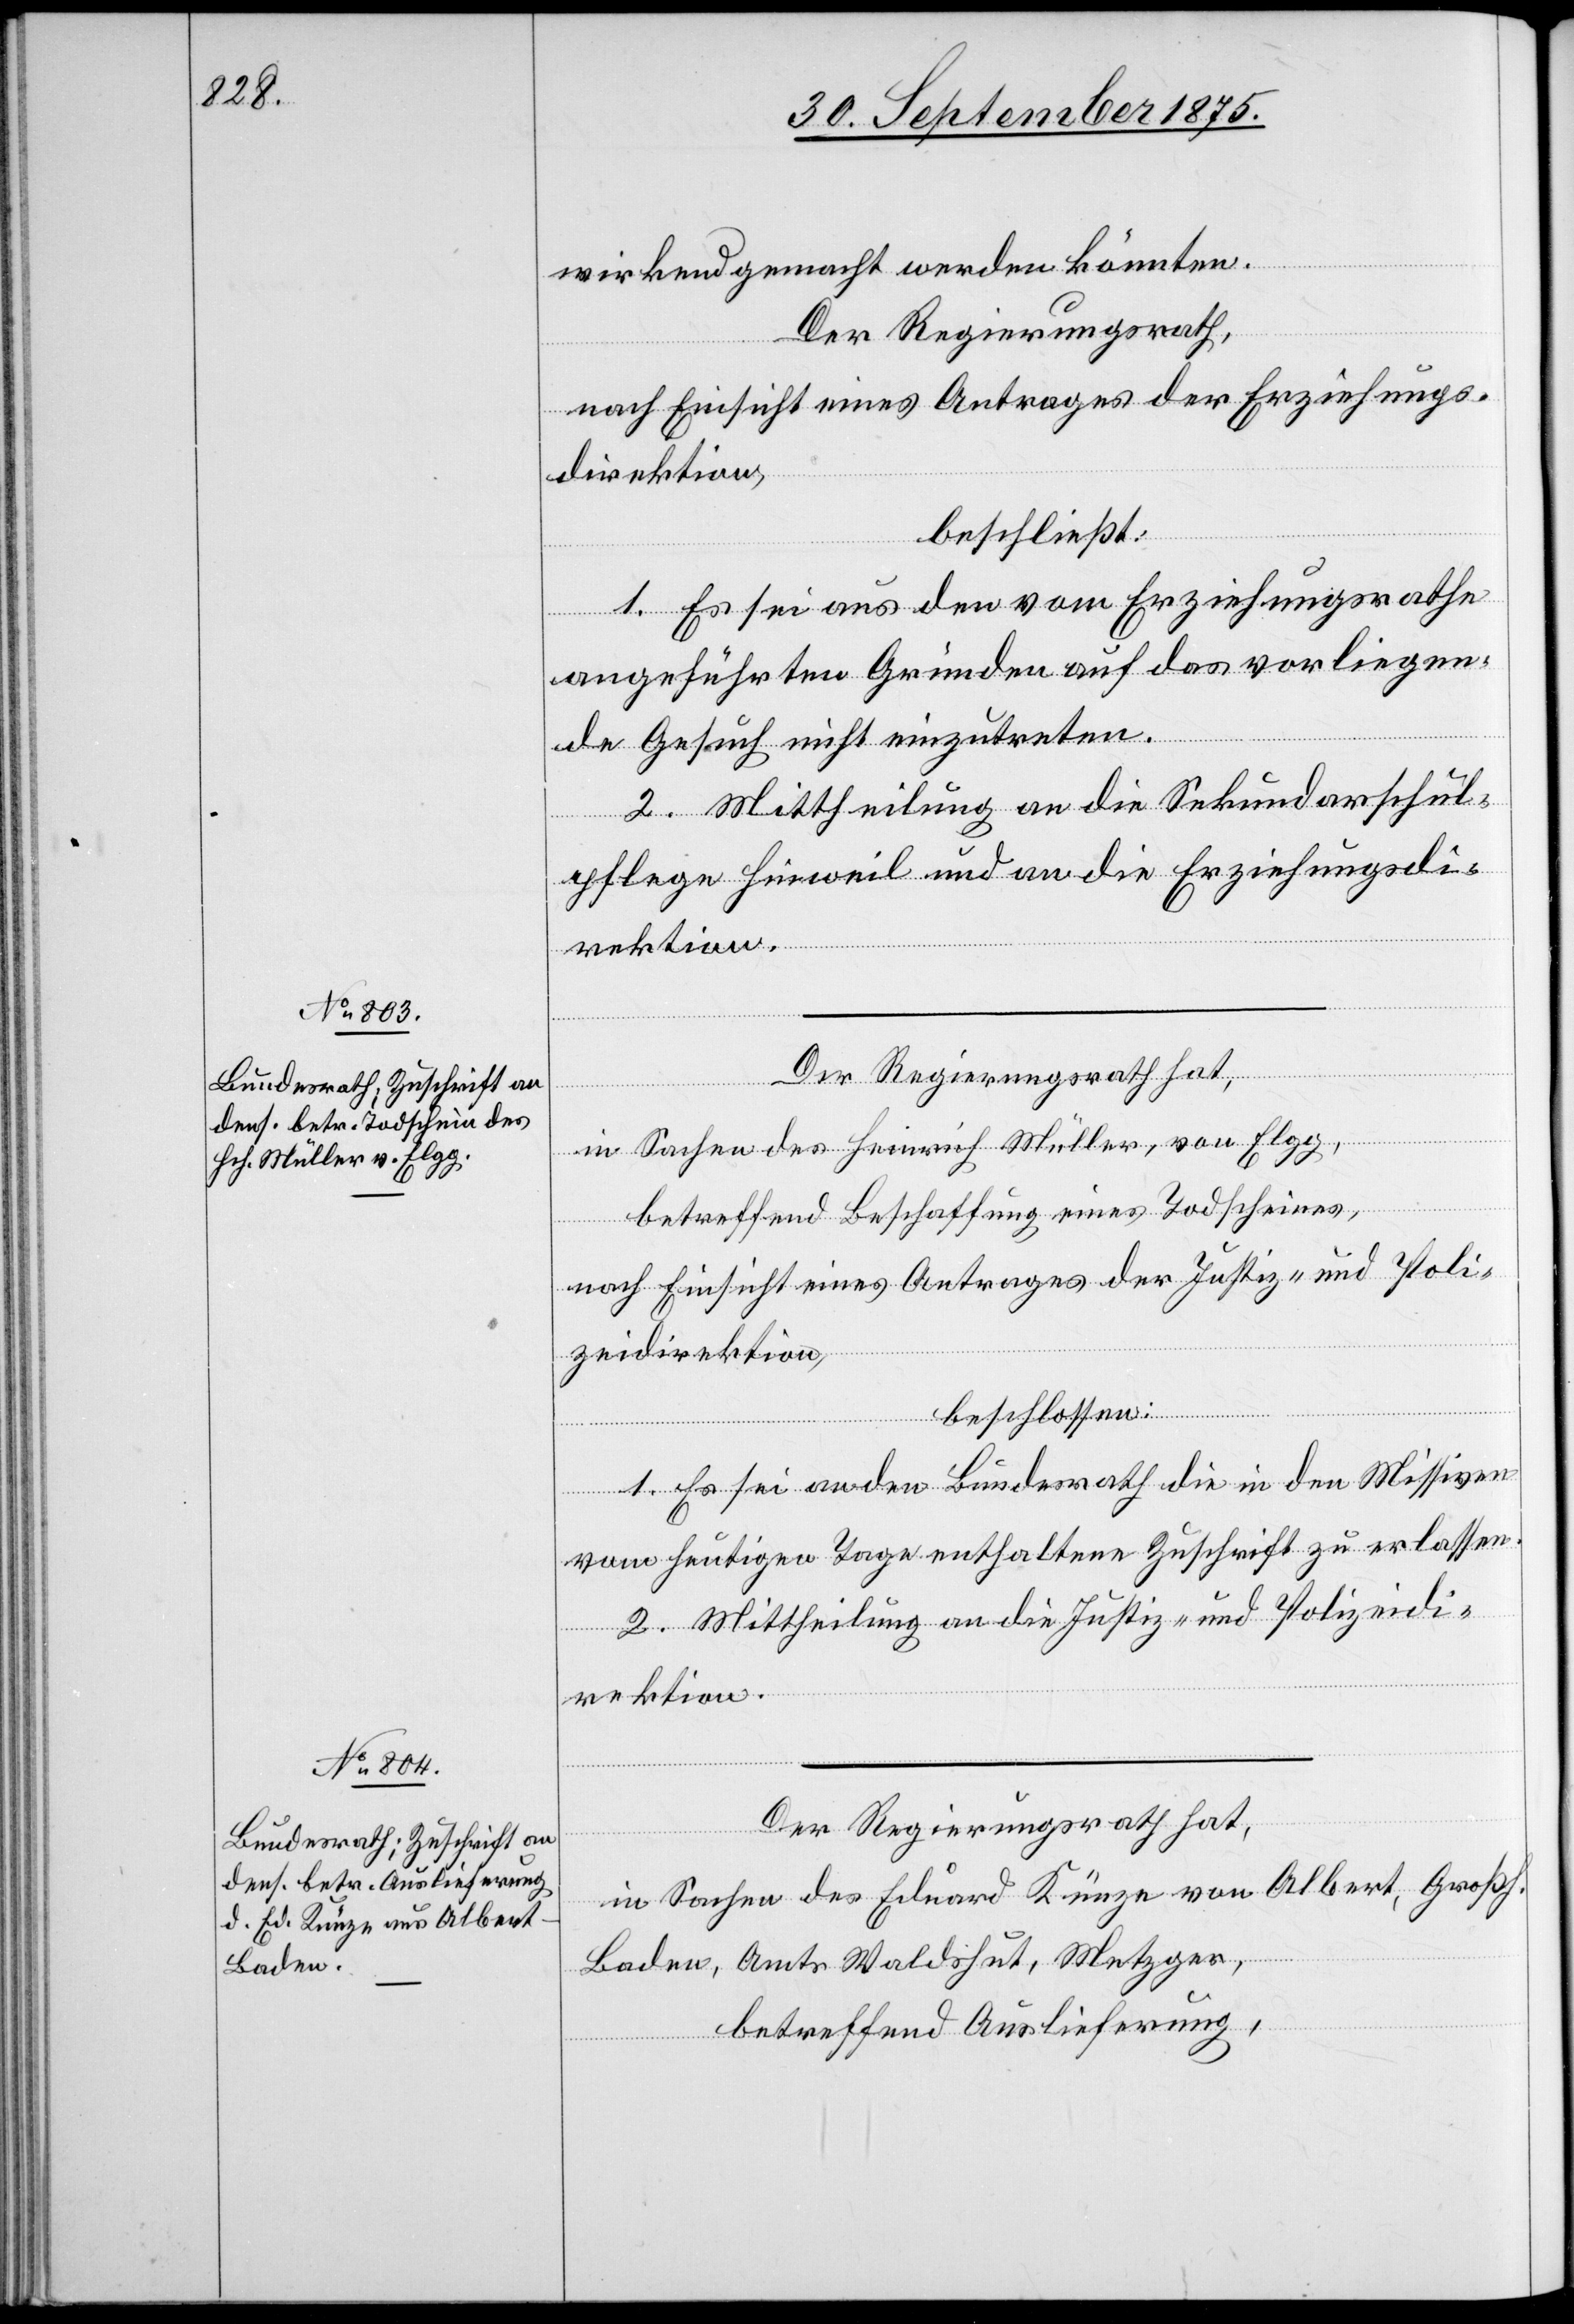
wirkend gemacht werden könnten.
Der Regierungsrath,
nach Einsicht eines Antrages der Erziehungs¬
direktion,
beschließt:
1. Es sei aus den vom Erziehungsrathe
angeführten Gründen auf das vorliegen¬
de Gesuch nicht einzutreten.
2. Mittheilung an die Sekundarschul¬
pflege Hinweil und an die Erziehungsdi¬
rektion.
Der Regierungsrath hat,
in Sachen des Heinrich Müller, von Elgg,
betreffend Beschaffung eines Todscheines,
nach Einsicht eines Antrages der Justiz- und Poli¬
zeidirektion,
beschlossen:
1. Es sei an den Bundesrath die in den Missiven
vom heutigen Tage enthaltene Zuschrift zu erlassen.
2. Mittheilung an die Justiz- und Polizeidi¬
rektion.
Der Regierungsrath hat,
in Sachen des Eduard Künze von Albert, Großh.
Baden, Amts Waldshut, Metzger,
betreffend Auslieferung